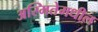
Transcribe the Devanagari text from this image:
अस्मितेमधील